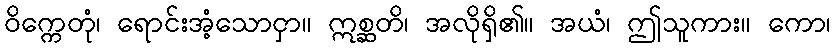
ဝိက္ကေတုံ၊ ရောင်းအံ့သောငှာ။ ဣစ္ဆတိ၊ အလိုရှိ၏။ အယံ၊ ဤသူကား။ ကော၊